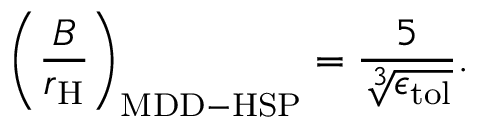
\left( \frac { B } { r _ { \mathrm { { H } } } } \right) _ { \mathrm { { M D D - H S P } } } = \frac { 5 } { \sqrt [ 3 ] { \epsilon _ { \mathrm { { t o l } } } } } .